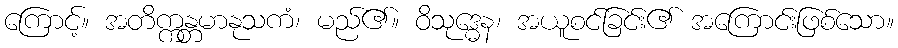
ကြောင့်။ အတိက္ကန္တမာနုသကံ၊ မည်၏။ ဝိသုဒ္ဓေန၊ အယူစင်ခြင်း၏ အကြောင်းဖြစ်သော။